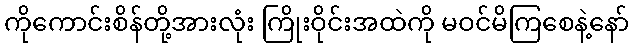
ကိုကောင်းစိန်တို့အားလုံး ကြိုးဝိုင်းအထဲကို မဝင်မိကြစေနဲ့နော်